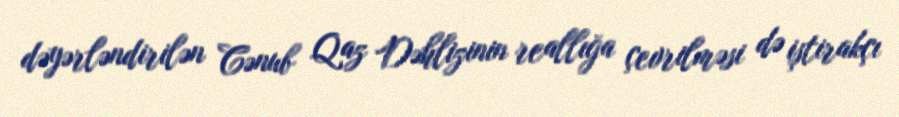
dəyərləndirilən Cənub Qaz Dəhlizinin reallığa çevrilməsi də iştirakçı